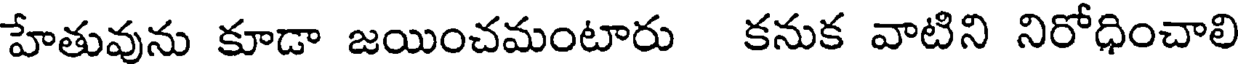
హేతువును కూడా జయించమంటారు కనుక వాటిని నిరోధించాలి